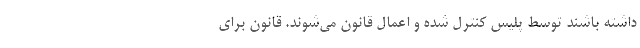
داشته باشند توسط پلیس کنترل شده و اعمال قانون می‌شوند. قانون برای